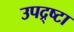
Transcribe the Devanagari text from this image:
उपद्र्ष्टा